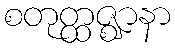
စတုတ္ထဇ္ဈာနာ